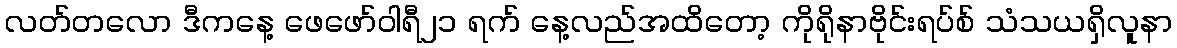
လတ်တလော ဒီကနေ့ ဖေဖော်ဝါရီ၂၁ ရက် နေ့လည်အထိတော့ ကိုရိုနာဗိုင်းရပ်စ် သံသယရှိလူနာ